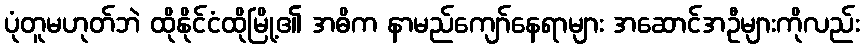
ပုံတူမဟုတ်ဘဲ ထိုနိုင်ငံထိုမြို့၏ အဓိက နာမည်ကျော်နေရာများ အဆောင်အဦများကိုလည်း